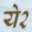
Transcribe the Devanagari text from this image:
ये२